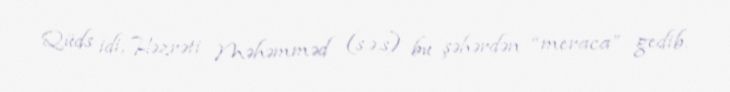
Qüds idi, Həzrəti Məhəmməd (s.ə.s) bu şəhərdən “meraca” gedib.